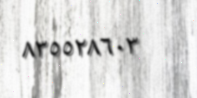
٨٣٥٥٢٨٦٠٣